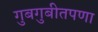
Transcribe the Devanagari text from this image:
गुबगुबीतपणा